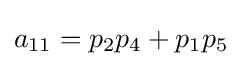
a_{11}=p_{2}p_{4}+p_{1}p_{5}